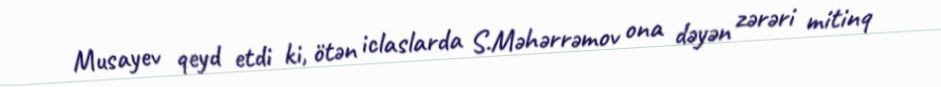
Musayev qeyd etdi ki, ötən iclaslarda S.Məhərrəmov ona dəyən zərəri mitinq